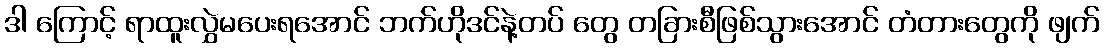
ဒါ ကြောင့် ရာထူးလွှဲမပေးရအောင် ဘက်ဟိုဒင်နဲ့တပ် တွေ တခြားစီဖြစ်သွားအောင် တံတားတွေကို ဖျက်